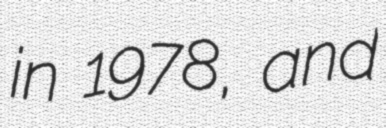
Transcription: in 1978, and